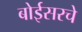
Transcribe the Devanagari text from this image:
बोईसरचे